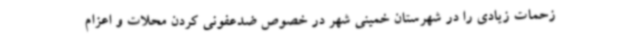
زحمات زیادی را در شهرستان خمینی شهر در خصوص ضدعفونی کردن محلات و اعزام